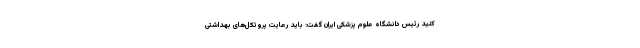
کنید رئیس دانشگاه علوم پزشکی ایران گفت: باید رعایت پروتکل‌های بهداشتی